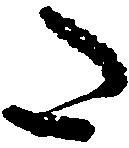
た